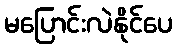
မပြောင်းလဲနိုင်ပေ